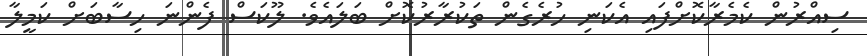
ސިއްރުން ކެމެރާކޮށްފައި އެކަނި ހުރެގެން ތަކުރާރުކޮށް ބަލައެވެ. ލޫކަސް ފެންނަ ހިސާބަށް ކަމީލާ